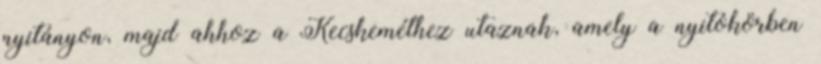
nyitányon, majd ahhoz a Kecskeméthez utaznak, amely a nyitókörben